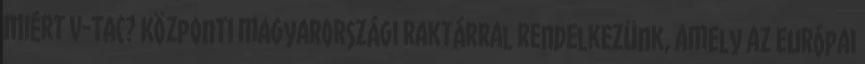
Miért V-TAC? Központi magyarországi raktárral rendelkezünk, amely az európai